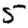
Digit: 5